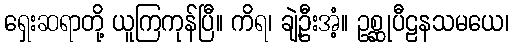
ရှေးဆရာတို့ ယူကြကုန်ပြီ။ ကိရ၊ ချဲ့ဦးအံ့။ ဥစ္ဆုပီဠနသမယေ၊